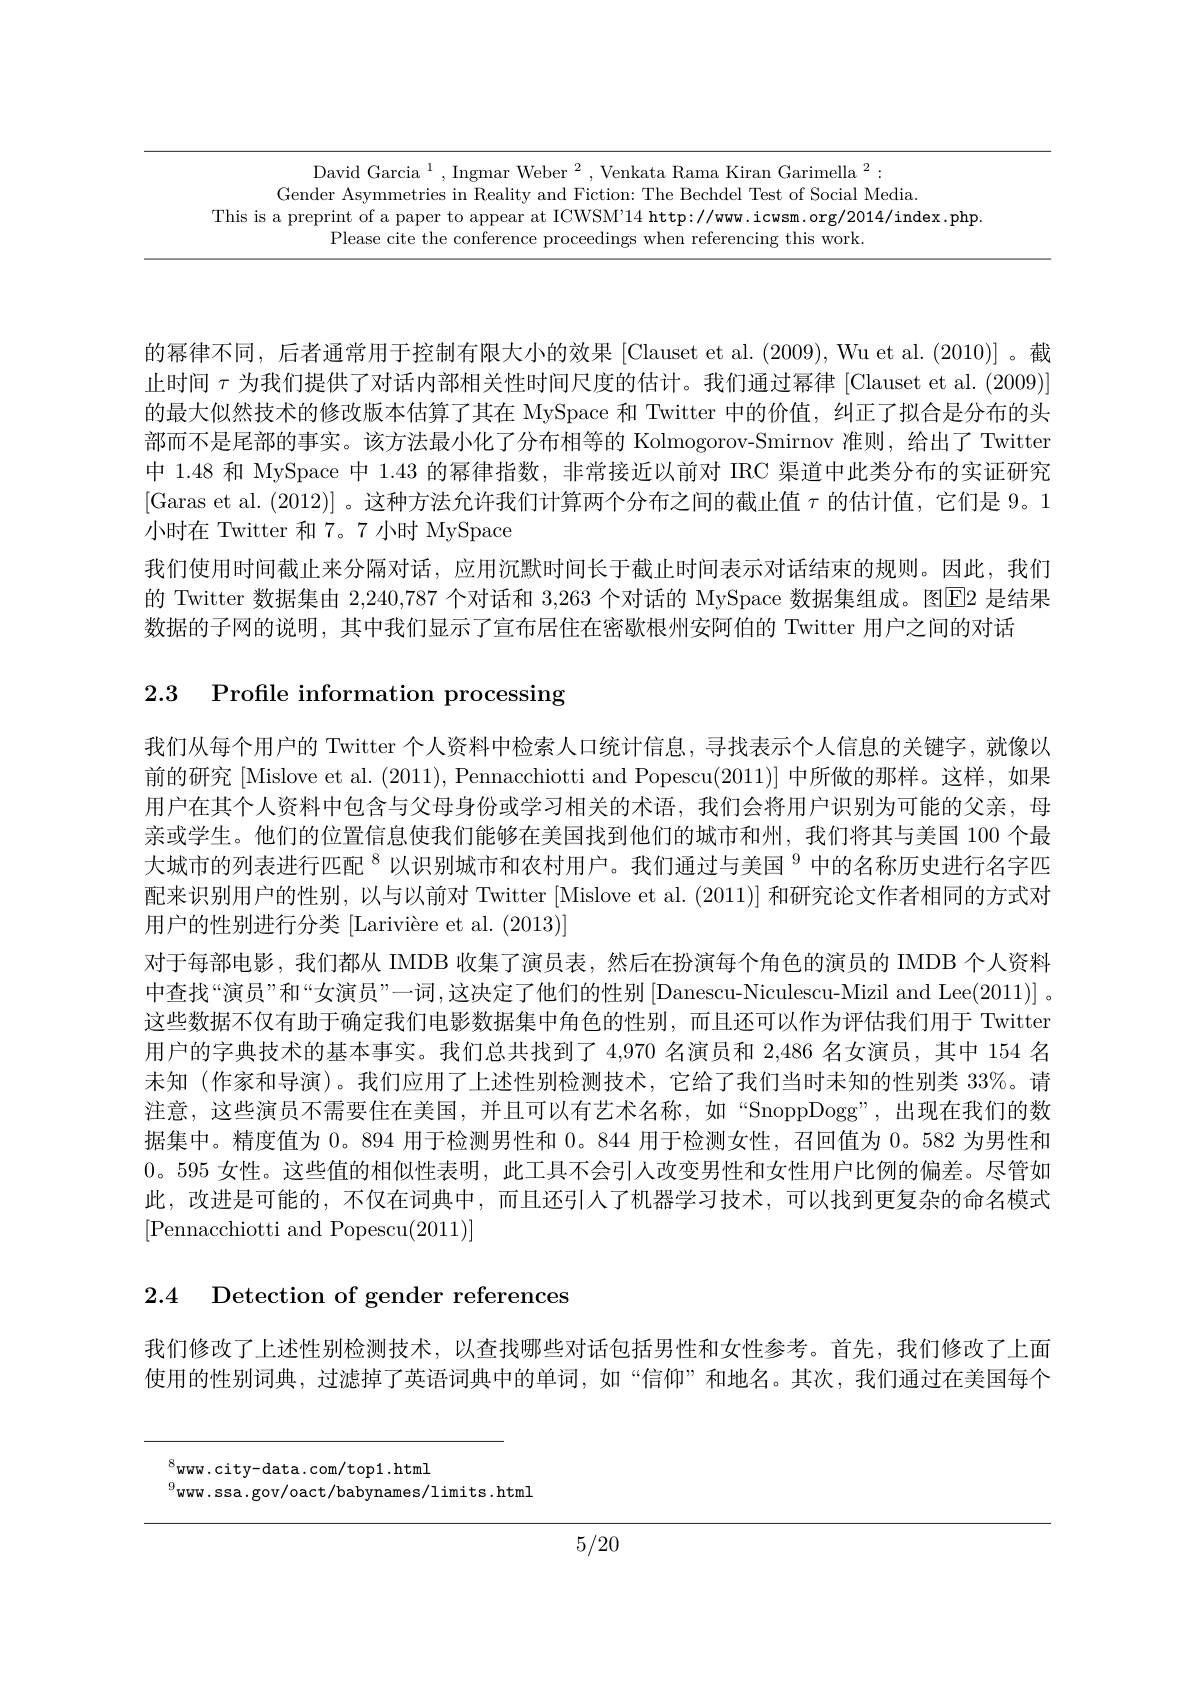
David Garcia $^1,\text{Ingmar Weber}^2$,Venkata Rama Kiran Garimella$^2:$
Gender Asymmetries in Reality and Fiction: The Bechdel Test of Social Media.
This is a preprint of a paper to appear at ICWSM'14 http://www.icwsm.org/2014/index.php.
Please cite the conference proceedings when referencing this work.

的幂律不同，后者通常用于控制有限大小的效果 [Clauset et al. (2009), Wu et al. (2010)]。截止时间$\tau$为我们提供了对话内部相关性时间尺度的估计。我们通过幂律 [Clauset et al. (2009)] 的最大似然技术的修改版本估算了其在 MySpace 和 Twitter 中的价值，纠正了拟合是分布的头部而不是尾部的事实。该方法最小化了分布相等的 Kolmogorov-Smirnov 准则，给出了 Twitter 中 1.48 和 MySpace 中 1.43 的幂律指数，非常接近以前对 IRC 渠道中此类分布的实证研究[Garas et al.(2012)]。这种方法允许我们计算两个分布之间的截止值$\tau$ 的估计值，它们是 9。1小时在 Twitter 和 7。7 小时 MySpace
我们使用时间截止来分隔对话，应用沉默时间长于截止时间表示对话结束的规则。因此，我们的 Twitter 数据集由 2,240,787 个对话和 3,263 个对话的 MySpace 数据集组成。图$\overline{\mathrm{E}}$2 是结果数据的子网的说明，其中我们显示了宣布居住在密歇根州安阿伯的 Twitter 用户之间的对话

# 2.3 Profile information processing

我们从每个用户的 Twitter 个人资料中检索人口统计信息，寻找表示个人信息的关键字，就像以前的研究 [Mislove et al. (2011), Pennacchiotti and Popescu(2011)] 中所做的那样。这样，如果用户在其个人资料中包含与父母身份或学习相关的术语，我们会将用户识别为可能的父亲，母亲或学生。他们的位置信息使我们能够在美国找到他们的城市和州，我们将其与美国 100 个最大城市的列表进行匹配$^{8}$以识别城市和农村用户。我们通过与美国$^{9}$中的名称历史进行名字匹配来识别用户的性别，以与以前对 Twitter [Mislove et al. (2011)] 和研究论文作者相同的方式对用户的性别进行分类 [Larivière et al. (2013)]
对于每部电影，我们都从 IMDB 收集了演员表，然后在扮演每个角色的演员的 IMDB 个人资料中查找“演员”和“女演员”一词，这决定了他们的性别$\left[\text{Danescu-Niculescu-Mizil and Lee}(2011)\right]$。这些数据不仅有助于确定我们电影数据集中角色的性别，而且还可以作为评估我们用于 Twitter 用户的字典技术的基本事实。我们总共找到了 4,970 名演员和 2,486 名女演员，其中 154 名未知 (作家和导演)。我们应用了上述性别检测技术，它给了我们当时未知的性别类 33%。请注意，这些演员不需要住在美国，并且可以有艺术名称，如“SnoppDogg”,出现在我们的数据集中。精度值为0。894 用于检测男性和0。844 用于检测女性，召回值为0。582 为男性和0。595 女性。这些值的相似性表明，此工具不会引入改变男性和女性用户比例的偏差。尽管如此，改进是可能的，不仅在词典中，而且还引人了机器学习技术，可以找到更复杂的命名模式[Pennacchiotti and Popescu(2011)]

# 2.4 Detection of gender references

我们修改了上述性别检测技术，以查找哪些对话包括男性和女性参考。首先，我们修改了上面使用的性别词典，过滤掉了英语词典中的单词，如“信仰”和地名。其次，我们通过在美国每个

$^{8}$www.city-data.com/top1.html
$^{9}$www.ssa.gov/oact/babynames/limits.html

5/20